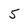
Character: 5